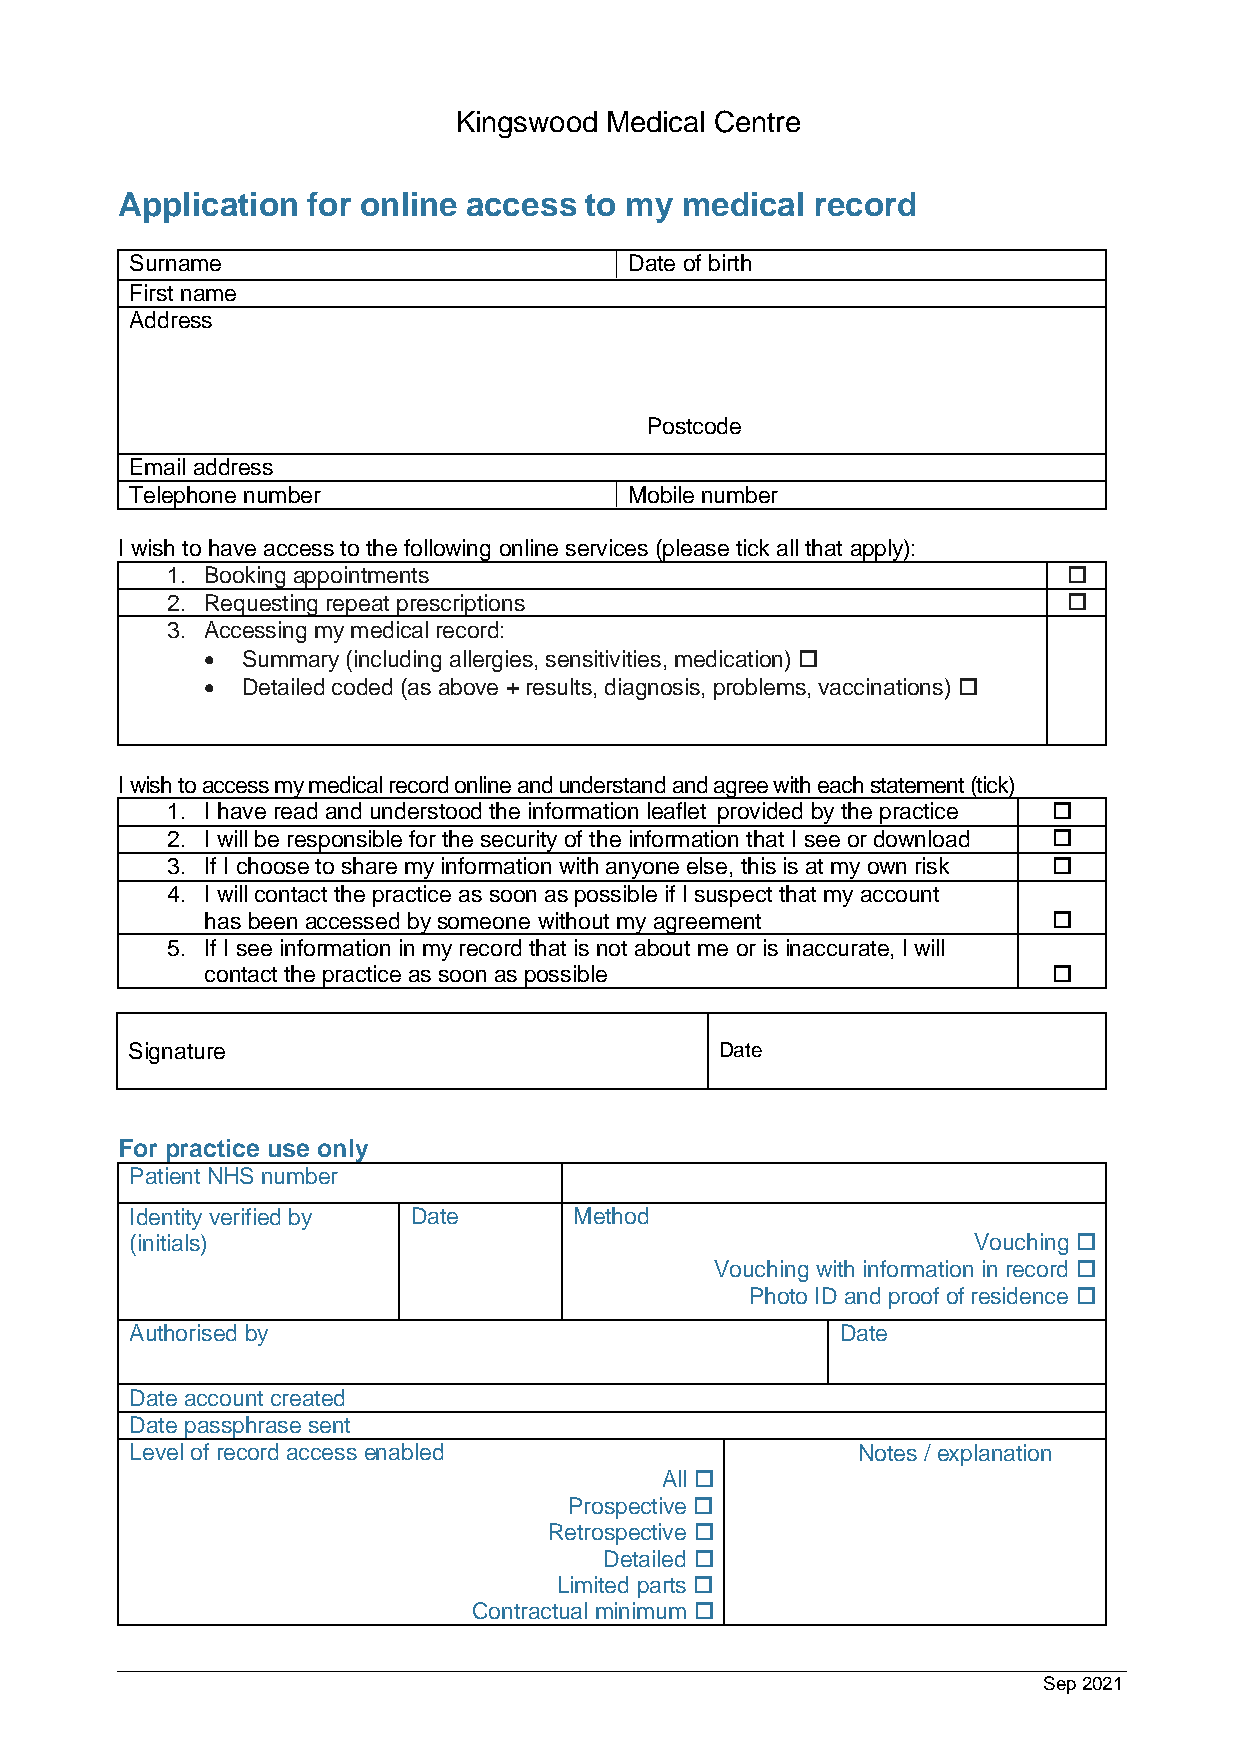
Kingswood Medical Centre
 Application for online access  to my medical  record
 Surname                          Date of birth
 First name
 Address
 Postcode
 Email address
 Telephone number                 Mobile number
 I wish to have access to the following online services (please tick all that apply):
 1. Booking appointments                                     
 2. Requesting repeat prescriptions                          
 3. Accessing my medical record:
 • Summary (including allergies, sensitivities, medication) 
 • Detailed coded (as above + results, diagnosis, problems, vaccinations) 
 I wish to access my medical record online and understand and agree with each statement (tick)
 1. I have read and understood the information leaflet provided by the practice 
 2. I will be responsible for the security of the information that I see or download 
 3. If I choose to share my information with anyone else, this is at my own risk 
 4. I will contact the practice as soon as possible if I suspect that my account
 has been accessed by someone without my agreement       
 5. If I see information in my record that is not about me or is inaccurate, I will
 contact the practice as soon as possible                
 Sign ature                              Date
 For practice use only
 Patient NHS number
 Identity verified by Date    Method
 (initials)                                             Vouching 
 Vouching with information in record 
 Photo ID and proof of residence 
 Authorised by                                  Date
 Date account created
 Date passphrase sent
 Level of record access enabled                  Notes / explanation
 All 
 Prospective 
 Retrospective 
 Detailed 
 Limited parts 
 Contractual minimum 
 Sep 2021